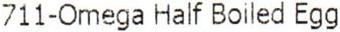
711-OMEGA HALF BOILED EGG